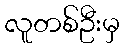
လူတစ်ဦးမှ